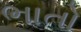
ભાતો